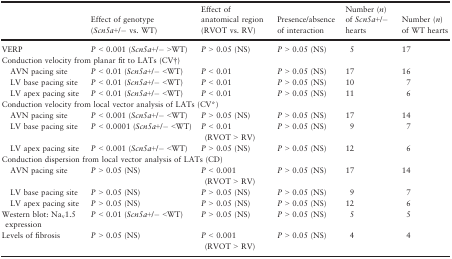
|  | Effect of genotype (Scn5a+/− vs. WT) | Effect of anatomical region (RVOT vs. RV) | Presence/absence of interaction | Number (n) of Scn5a+/− hearts | Number (n) of WT hearts |
 | --- | --- | --- | --- | --- | --- |
 | VERP | P < 0.001 (Scn5a+/− >WT) | P > 0.05 (NS) | P > 0.05 (NS) | 5 | 17 |
 | <COLSPAN=6> Conduction velocity from planar fit to LATs (CV†) |
 | AVN pacing site | P < 0.01 (Scn5a+/− <WT) | P < 0.01 | P > 0.05 (NS) | 17 | 16 |
 | LV base pacing site | P < 0.01 (Scn5a+/− <WT) | P < 0.01 | P > 0.05 (NS) | 10 | 7 |
 | LV apex pacing site | P < 0.01 (Scn5a+/− <WT) | P < 0.01 | P > 0.05 (NS) | 11 | 6 |
 | <COLSPAN=6> Conduction velocity from local vector analysis of LATs (CV*) |
 | AVN pacing site | P < 0.001 (Scn5a+/− <WT) | P > 0.05 (NS) | P > 0.05 (NS) | 17 | 14 |
 | LV base pacing site | P < 0.0001 (Scn5a+/− <WT) | P < 0.01 (RVOT > RV) | P > 0.05 (NS) | 9 | 7 |
 | LV apex pacing site | P < 0.001 (Scn5a+/− <WT) | P > 0.05 (NS) | P > 0.05 (NS) | 12 | 6 |
 | <COLSPAN=6> Conduction dispersion from local vector analysis of LATs (CD) |
 | AVN pacing site | P > 0.05 (NS) | P < 0.001 (RVOT > RV) | P > 0.05 (NS) | 17 | 14 |
 | LV base pacing site | P > 0.05 (NS) | P > 0.05 (NS) | P > 0.05 (NS) | 9 | 7 |
 | LV apex pacing site | P > 0.05 (NS) | P > 0.05 (NS) | P > 0.05 (NS) | 12 | 6 |
 | Western blot: Nav1.5 expression | P < 0.01 (Scn5a+/− <WT) | P > 0.05 (NS) | P > 0.05 (NS) | 5 | 5 |
 | Levels of fibrosis | P > 0.05 (NS) | P < 0.001 (RVOT > RV) | P > 0.05 (NS) | 4 | 4 |